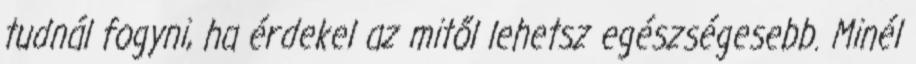
tudnál fogyni, ha érdekel az mitől lehetsz egészségesebb. Minél